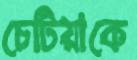
চেটিয়াকে